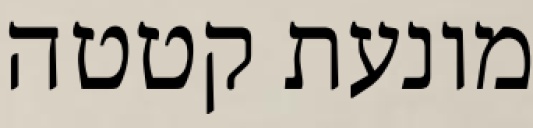
מונעת קטטה